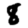
Digit: 8